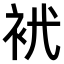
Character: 𧘵